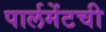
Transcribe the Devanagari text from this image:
पार्लमेंटची